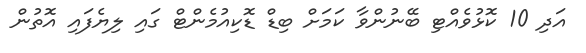
އަދި 10 ކޮޅުވެއްޓި ބޭނުންވާ ކަމަށް ބިޑް ޑޮކިއުމެންޓް ގައި ލިޔެފައި އޮތުން